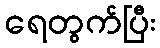
ရေတွက်ပြီး